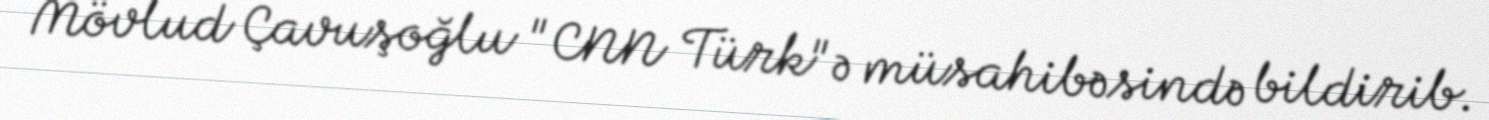
Mövlud Çavuşoğlu "CNN Türk"ə müsahibəsində bildirib.